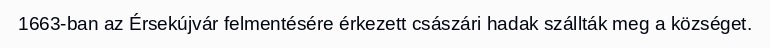
1663-ban az Érsekújvár felmentésére érkezett császári hadak szállták meg a községet.